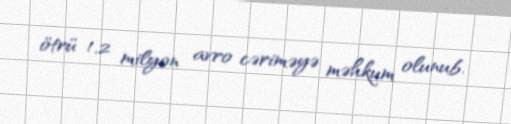
ötrü 1,2 milyon avro cəriməyə məhkum olunub.